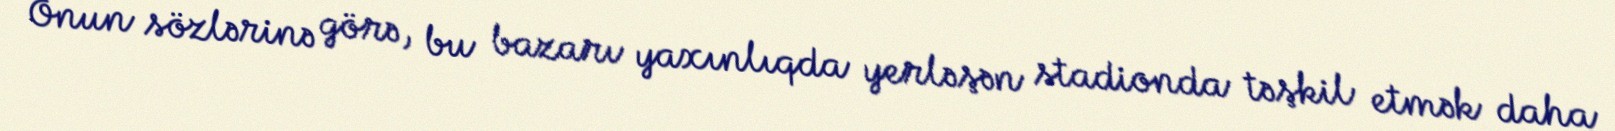
Onun sözlərinə görə, bu bazarı yaxınlıqda yerləşən stadionda təşkil etmək daha